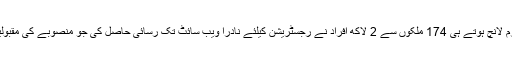
انہوں نے مزید کہا کہ فارم لانچ ہوتے ہی 174 ملکوں سے 2 لاکھ افراد نے رجسٹریشن کیلئے نادرا ویب سائٹ تک رسائی حاصل کی جو منصوبے کی مقبولیت کا منہ بولتا ثبوت ہے۔